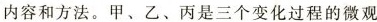
内容和方法。甲、乙、丙是三个变化过程的微观